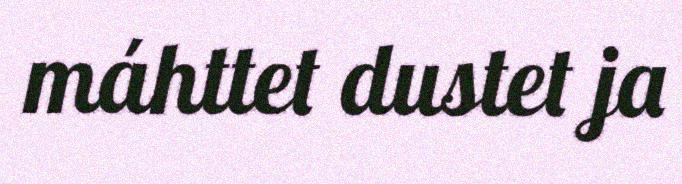
máhttet dustet ja